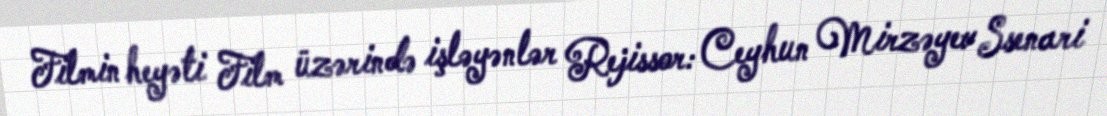
Filmin heyəti Film üzərində işləyənlər Rejissor: Ceyhun Mirzəyev Ssenari